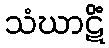
သံဃာဋိံ